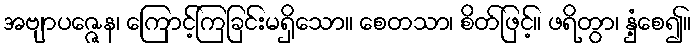
အဗျာပဇ္ဇေန၊ ကြောင့်ကြခြင်းမရှိသော။ စေတသာ၊ စိတ်ဖြင့်။ ဖရိတွာ၊ နှံ့စေ၍။